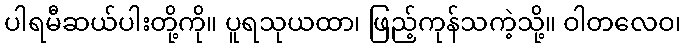
ပါရမီဆယ်ပါးတို့ကို။ ပူရသုယထာ၊ ဖြည့်ကုန်သကဲ့သို့။ ဝါတလေဝ၊